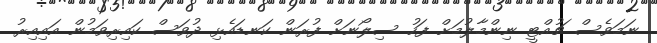
ނަމަވެސް ޗުއްޓީ ނިންމާލުމަށް ފަހު ސިލޯނަށް ފުރަން ކަނޑައެޅި ދުވަސް ކައިރިވަމުން އައިއިރު